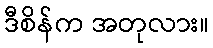
ဒီစိန်က အတုလား။